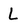
Character: L